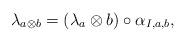
LaTeX: \begin{align*} \lambda_{a\otimes b}=(\lambda_a\otimes b)\circ\alpha_{I,a,b},\end{align*}